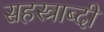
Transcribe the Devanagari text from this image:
सहस्‍त्राब्दी